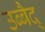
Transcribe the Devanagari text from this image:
उब्बैद्